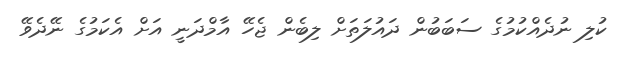
ކުލި ނުދެއްކުމުގެ ސަބަބުން ދައުލަތަށް ލިބެން ޖެހޭ އާމްދަނީ އަށް އެކަމުގެ ނޭދެވޭ